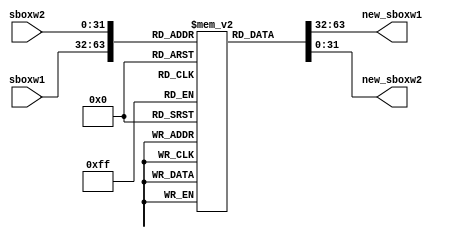

/*

AES encryption code.

Copyright 2018 Yuli Stremovsky <stremovsky@gmail.com>

This program is free software: you can redistribute it and/or modify
it under the terms of the GNU General Public License as published by
the Free Software Foundation, version 3 of the License.

This program is distributed in the hope that it will be useful,
but WITHOUT ANY WARRANTY; without even the implied warranty of
MERCHANTABILITY or FITNESS FOR A PARTICULAR PURPOSE.  See the
GNU General Public License for more details.

You should have received a copy of the GNU General Public License
along with this program.  If not, see <http://www.gnu.org/licenses/>.

*/

module aes_sbox(
                input wire [31 : 0]  sboxw1,
                output wire [31 : 0] new_sboxw1,
                input wire [31 : 0]  sboxw2,
                output wire [31 : 0] new_sboxw2
               );

  reg [7 : 0] sbox [0 : 255];

  //----------------------------------------------------------------
  // Parallel muxes.
  //----------------------------------------------------------------
  assign new_sboxw1[31 : 24] = sbox[sboxw1[31 : 24]];
  assign new_sboxw1[23 : 16] = sbox[sboxw1[23 : 16]];
  assign new_sboxw1[15 : 08] = sbox[sboxw1[15 : 08]];
  assign new_sboxw1[07 : 00] = sbox[sboxw1[07 : 00]];
  
  assign new_sboxw2[31 : 24] = sbox[sboxw2[31 : 24]];
  assign new_sboxw2[23 : 16] = sbox[sboxw2[23 : 16]];
  assign new_sboxw2[15 : 08] = sbox[sboxw2[15 : 08]];
  assign new_sboxw2[07 : 00] = sbox[sboxw2[07 : 00]];

initial begin
  sbox[8'h00] = 8'h63;  sbox[8'h01] = 8'h7c;  sbox[8'h02] = 8'h77;  sbox[8'h03] = 8'h7b;  
  sbox[8'h04] = 8'hf2;  sbox[8'h05] = 8'h6b;  sbox[8'h06] = 8'h6f;  sbox[8'h07] = 8'hc5;  
  sbox[8'h08] = 8'h30;  sbox[8'h09] = 8'h01;  sbox[8'h0a] = 8'h67;  sbox[8'h0b] = 8'h2b;  
  sbox[8'h0c] = 8'hfe;  sbox[8'h0d] = 8'hd7;  sbox[8'h0e] = 8'hab;  sbox[8'h0f] = 8'h76;  
  sbox[8'h10] = 8'hca;  sbox[8'h11] = 8'h82;  sbox[8'h12] = 8'hc9;  sbox[8'h13] = 8'h7d;  
  sbox[8'h14] = 8'hfa;  sbox[8'h15] = 8'h59;  sbox[8'h16] = 8'h47;  sbox[8'h17] = 8'hf0;  
  sbox[8'h18] = 8'had;  sbox[8'h19] = 8'hd4;  sbox[8'h1a] = 8'ha2;  sbox[8'h1b] = 8'haf;  
  sbox[8'h1c] = 8'h9c;  sbox[8'h1d] = 8'ha4;  sbox[8'h1e] = 8'h72;  sbox[8'h1f] = 8'hc0;  
  sbox[8'h20] = 8'hb7;  sbox[8'h21] = 8'hfd;  sbox[8'h22] = 8'h93;  sbox[8'h23] = 8'h26;  
  sbox[8'h24] = 8'h36;  sbox[8'h25] = 8'h3f;  sbox[8'h26] = 8'hf7;  sbox[8'h27] = 8'hcc;  
  sbox[8'h28] = 8'h34;  sbox[8'h29] = 8'ha5;  sbox[8'h2a] = 8'he5;  sbox[8'h2b] = 8'hf1;  
  sbox[8'h2c] = 8'h71;  sbox[8'h2d] = 8'hd8;  sbox[8'h2e] = 8'h31;  sbox[8'h2f] = 8'h15;  
  sbox[8'h30] = 8'h04;  sbox[8'h31] = 8'hc7;  sbox[8'h32] = 8'h23;  sbox[8'h33] = 8'hc3;  
  sbox[8'h34] = 8'h18;  sbox[8'h35] = 8'h96;  sbox[8'h36] = 8'h05;  sbox[8'h37] = 8'h9a;  
  sbox[8'h38] = 8'h07;  sbox[8'h39] = 8'h12;  sbox[8'h3a] = 8'h80;  sbox[8'h3b] = 8'he2;  
  sbox[8'h3c] = 8'heb;  sbox[8'h3d] = 8'h27;  sbox[8'h3e] = 8'hb2;  sbox[8'h3f] = 8'h75;  
  sbox[8'h40] = 8'h09;  sbox[8'h41] = 8'h83;  sbox[8'h42] = 8'h2c;  sbox[8'h43] = 8'h1a;  
  sbox[8'h44] = 8'h1b;  sbox[8'h45] = 8'h6e;  sbox[8'h46] = 8'h5a;  sbox[8'h47] = 8'ha0;  
  sbox[8'h48] = 8'h52;  sbox[8'h49] = 8'h3b;  sbox[8'h4a] = 8'hd6;  sbox[8'h4b] = 8'hb3;  
  sbox[8'h4c] = 8'h29;  sbox[8'h4d] = 8'he3;  sbox[8'h4e] = 8'h2f;  sbox[8'h4f] = 8'h84;  
  sbox[8'h50] = 8'h53;  sbox[8'h51] = 8'hd1;  sbox[8'h52] = 8'h00;  sbox[8'h53] = 8'hed;  
  sbox[8'h54] = 8'h20;  sbox[8'h55] = 8'hfc;  sbox[8'h56] = 8'hb1;  sbox[8'h57] = 8'h5b;
  sbox[8'h58] = 8'h6a;  sbox[8'h59] = 8'hcb;  sbox[8'h5a] = 8'hbe;  sbox[8'h5b] = 8'h39;  
  sbox[8'h5c] = 8'h4a;  sbox[8'h5d] = 8'h4c;  sbox[8'h5e] = 8'h58;  sbox[8'h5f] = 8'hcf;  
  sbox[8'h60] = 8'hd0;  sbox[8'h61] = 8'hef;  sbox[8'h62] = 8'haa;  sbox[8'h63] = 8'hfb;  
  sbox[8'h64] = 8'h43;  sbox[8'h65] = 8'h4d;  sbox[8'h66] = 8'h33;  sbox[8'h67] = 8'h85; 
  sbox[8'h68] = 8'h45;  sbox[8'h69] = 8'hf9;  sbox[8'h6a] = 8'h02;  sbox[8'h6b] = 8'h7f;  
  sbox[8'h6c] = 8'h50;  sbox[8'h6d] = 8'h3c;  sbox[8'h6e] = 8'h9f;  sbox[8'h6f] = 8'ha8;  
  sbox[8'h70] = 8'h51;  sbox[8'h71] = 8'ha3;  sbox[8'h72] = 8'h40;  sbox[8'h73] = 8'h8f;  
  sbox[8'h74] = 8'h92;  sbox[8'h75] = 8'h9d;  sbox[8'h76] = 8'h38;  sbox[8'h77] = 8'hf5;  
  sbox[8'h78] = 8'hbc;  sbox[8'h79] = 8'hb6;  sbox[8'h7a] = 8'hda;  sbox[8'h7b] = 8'h21;  
  sbox[8'h7c] = 8'h10;  sbox[8'h7d] = 8'hff;  sbox[8'h7e] = 8'hf3;  sbox[8'h7f] = 8'hd2;  
  sbox[8'h80] = 8'hcd;  sbox[8'h81] = 8'h0c;  sbox[8'h82] = 8'h13;  sbox[8'h83] = 8'hec; 
  sbox[8'h84] = 8'h5f;  sbox[8'h85] = 8'h97;  sbox[8'h86] = 8'h44;  sbox[8'h87] = 8'h17;  
  sbox[8'h88] = 8'hc4;  sbox[8'h89] = 8'ha7;  sbox[8'h8a] = 8'h7e;  sbox[8'h8b] = 8'h3d;  
  sbox[8'h8c] = 8'h64;  sbox[8'h8d] = 8'h5d;  sbox[8'h8e] = 8'h19;  sbox[8'h8f] = 8'h73;  
  sbox[8'h90] = 8'h60;  sbox[8'h91] = 8'h81;  sbox[8'h92] = 8'h4f;  sbox[8'h93] = 8'hdc; 
  sbox[8'h94] = 8'h22;  sbox[8'h95] = 8'h2a;  sbox[8'h96] = 8'h90;  sbox[8'h97] = 8'h88;  
  sbox[8'h98] = 8'h46;  sbox[8'h99] = 8'hee;  sbox[8'h9a] = 8'hb8;  sbox[8'h9b] = 8'h14;  
  sbox[8'h9c] = 8'hde;  sbox[8'h9d] = 8'h5e;  sbox[8'h9e] = 8'h0b;  sbox[8'h9f] = 8'hdb; 
  sbox[8'ha0] = 8'he0;  sbox[8'ha1] = 8'h32;  sbox[8'ha2] = 8'h3a;  sbox[8'ha3] = 8'h0a;  
  sbox[8'ha4] = 8'h49;  sbox[8'ha5] = 8'h06;  sbox[8'ha6] = 8'h24;  sbox[8'ha7] = 8'h5c; 
  sbox[8'ha8] = 8'hc2;  sbox[8'ha9] = 8'hd3;  sbox[8'haa] = 8'hac;  sbox[8'hab] = 8'h62;  
  sbox[8'hac] = 8'h91;  sbox[8'had] = 8'h95;  sbox[8'hae] = 8'he4;  sbox[8'haf] = 8'h79;  
  sbox[8'hb0] = 8'he7;  sbox[8'hb1] = 8'hc8;  sbox[8'hb2] = 8'h37;  sbox[8'hb3] = 8'h6d;  
  sbox[8'hb4] = 8'h8d;  sbox[8'hb5] = 8'hd5;  sbox[8'hb6] = 8'h4e;  sbox[8'hb7] = 8'ha9;  
  sbox[8'hb8] = 8'h6c;  sbox[8'hb9] = 8'h56;  sbox[8'hba] = 8'hf4;  sbox[8'hbb] = 8'hea;  
  sbox[8'hbc] = 8'h65;  sbox[8'hbd] = 8'h7a;  sbox[8'hbe] = 8'hae;  sbox[8'hbf] = 8'h08;  
  sbox[8'hc0] = 8'hba;  sbox[8'hc1] = 8'h78;  sbox[8'hc2] = 8'h25;  sbox[8'hc3] = 8'h2e;  
  sbox[8'hc4] = 8'h1c;  sbox[8'hc5] = 8'ha6;  sbox[8'hc6] = 8'hb4;  sbox[8'hc7] = 8'hc6;  
  sbox[8'hc8] = 8'he8;  sbox[8'hc9] = 8'hdd;  sbox[8'hca] = 8'h74;  sbox[8'hcb] = 8'h1f;  
  sbox[8'hcc] = 8'h4b;  sbox[8'hcd] = 8'hbd;  sbox[8'hce] = 8'h8b;  sbox[8'hcf] = 8'h8a;  
  sbox[8'hd0] = 8'h70;  sbox[8'hd1] = 8'h3e;  sbox[8'hd2] = 8'hb5;  sbox[8'hd3] = 8'h66;  
  sbox[8'hd4] = 8'h48;  sbox[8'hd5] = 8'h03;  sbox[8'hd6] = 8'hf6;  sbox[8'hd7] = 8'h0e;  
  sbox[8'hd8] = 8'h61;  sbox[8'hd9] = 8'h35;  sbox[8'hda] = 8'h57;  sbox[8'hdb] = 8'hb9;  
  sbox[8'hdc] = 8'h86;  sbox[8'hdd] = 8'hc1;  sbox[8'hde] = 8'h1d;  sbox[8'hdf] = 8'h9e;  
  sbox[8'he0] = 8'he1;  sbox[8'he1] = 8'hf8;  sbox[8'he2] = 8'h98;  sbox[8'he3] = 8'h11;
  sbox[8'he4] = 8'h69;  sbox[8'he5] = 8'hd9;  sbox[8'he6] = 8'h8e;  sbox[8'he7] = 8'h94; 
  sbox[8'he8] = 8'h9b;  sbox[8'he9] = 8'h1e;  sbox[8'hea] = 8'h87;  sbox[8'heb] = 8'he9;  
  sbox[8'hec] = 8'hce;  sbox[8'hed] = 8'h55;  sbox[8'hee] = 8'h28;  sbox[8'hef] = 8'hdf;  
  sbox[8'hf0] = 8'h8c;  sbox[8'hf1] = 8'ha1;  sbox[8'hf2] = 8'h89;  sbox[8'hf3] = 8'h0d;  
  sbox[8'hf4] = 8'hbf;  sbox[8'hf5] = 8'he6;  sbox[8'hf6] = 8'h42;  sbox[8'hf7] = 8'h68;  
  sbox[8'hf8] = 8'h41;  sbox[8'hf9] = 8'h99;  sbox[8'hfa] = 8'h2d;  sbox[8'hfb] = 8'h0f;  
  sbox[8'hfc] = 8'hb0;  sbox[8'hfd] = 8'h54;  sbox[8'hfe] = 8'hbb;  sbox[8'hff] = 8'h16;
end

endmodule // aes_sbox